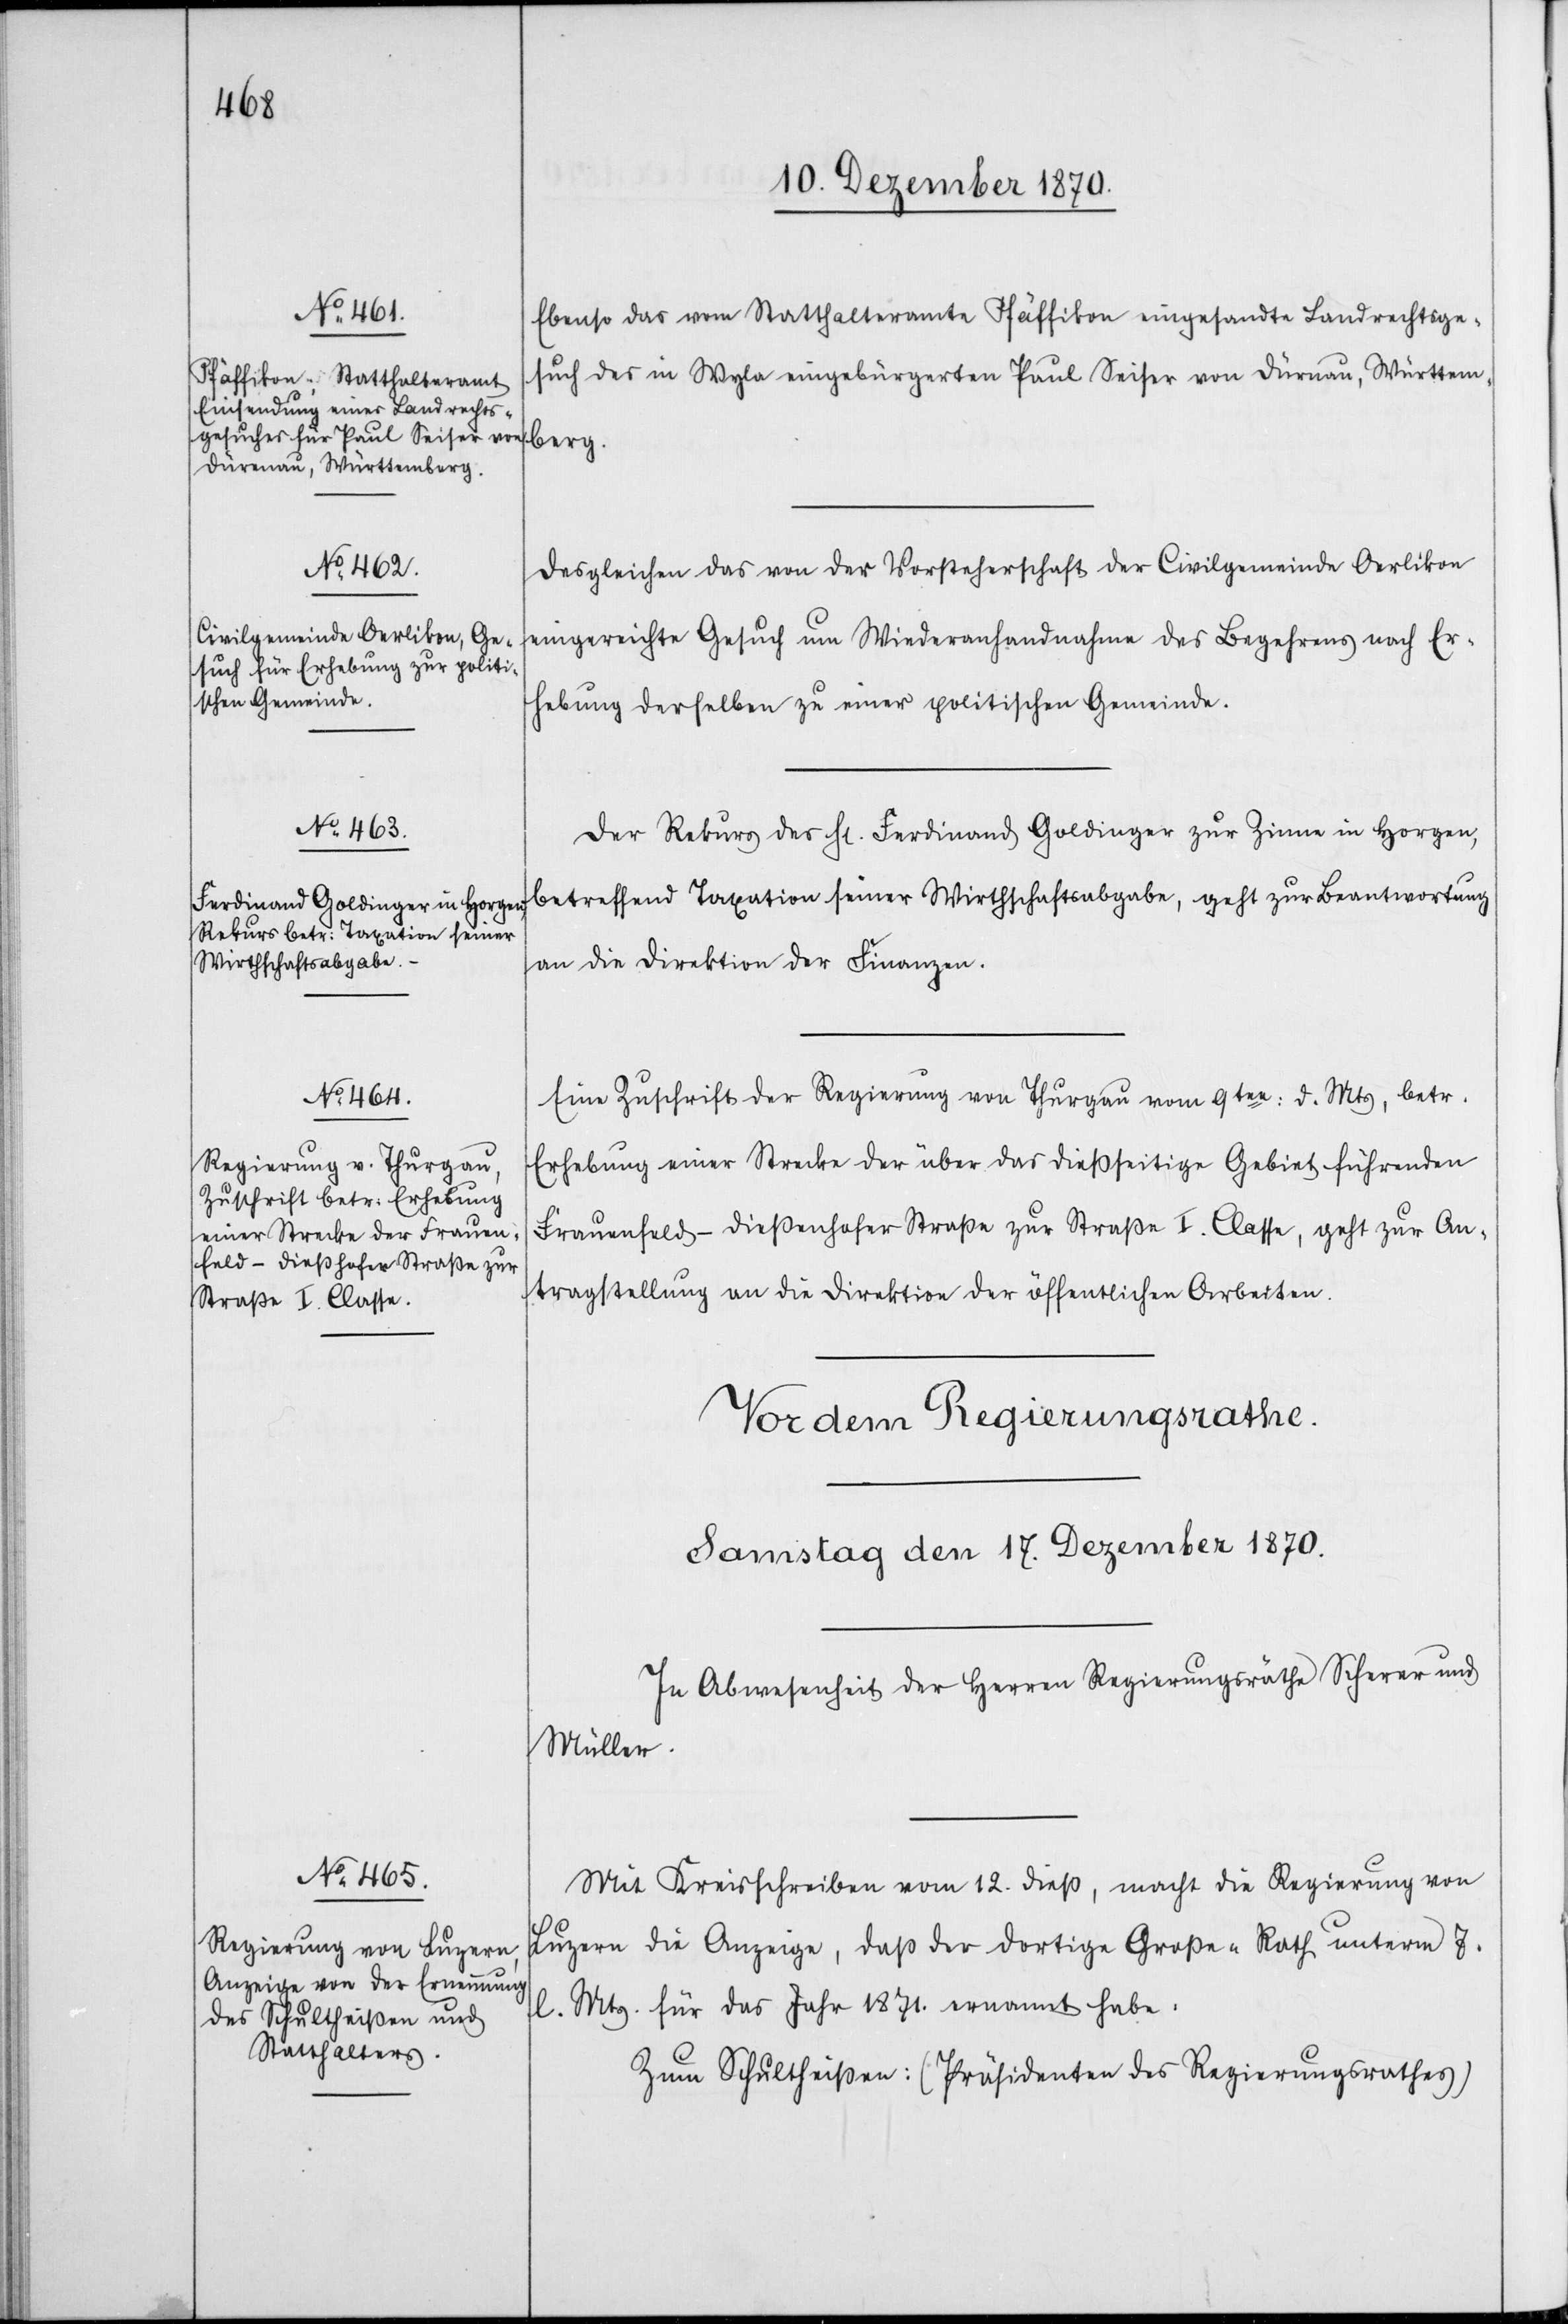
16.

Ebenso das vom Statthalteramte Pfäffikon eingesandte Landrechtsge¬
such des in Wyla eingebürgerten Paul Seiser von Dürnau, Württem¬
berg.
Desgleichen das von der Vorsteherschaft der Civilgemeinde Oerlikon
eingereichte Gesuch um Wiederanhandnahme des Begehrens nach Er¬
hebung derselben zu einer politischen Gemeinde.
Der Rekurs des H[errn] Ferdinand Goldinger zur Zinne in Horgen,
betreffend Taxation seiner Wirthschaftsabgabe, geht zur Beantwortung
an die Direktion der Finanzen.
Eine Zuschrift der Regierung von Thurgau vom 9ten: d. Mts, betr.
Erhebung einer Strecke der über das dießseitige Gebiet führenden
Frauenfeld-Dießenhofer Straße zur Straße I. Classe, geht zur An¬
tragstellung an die Direktion der öffentlichen Arbeiten.
Mit Kreisschreiben vom 12. dieß, macht die Regierung von
Luzern die Anzeige, daß der dortige Große-Rath unterm 7.
l. Mts. für das Jahr 1871. ernannt habe:
Zum Schultheißen: (Präsidenten des Regierungsrathes)